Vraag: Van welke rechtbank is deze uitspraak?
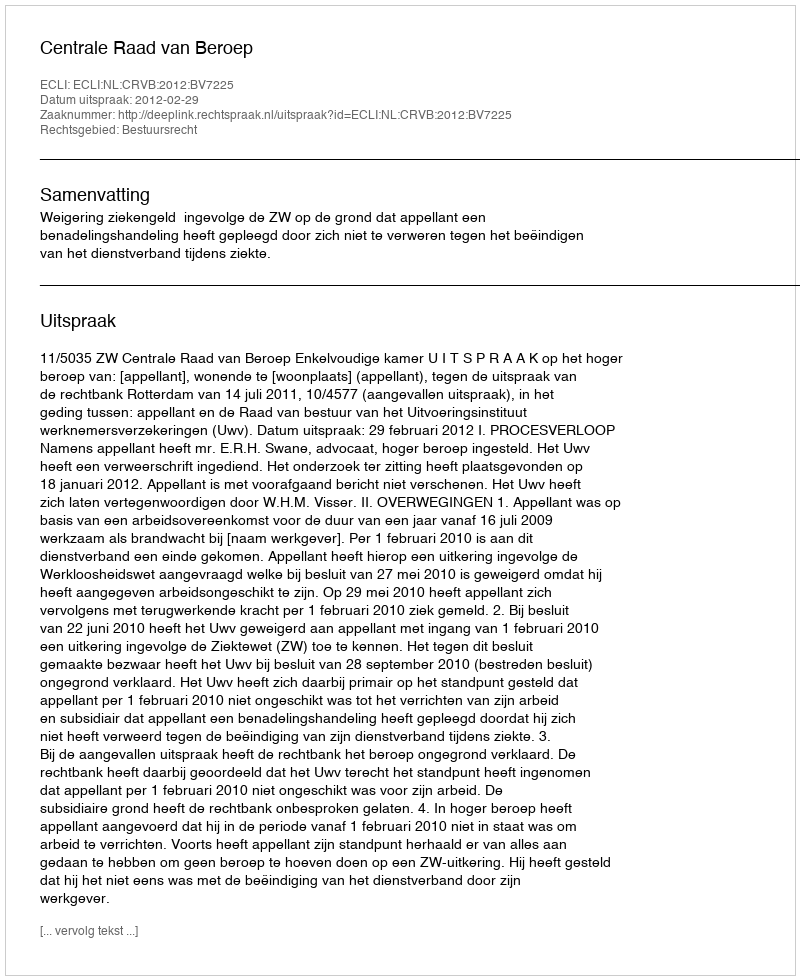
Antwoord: Centrale Raad van Beroep